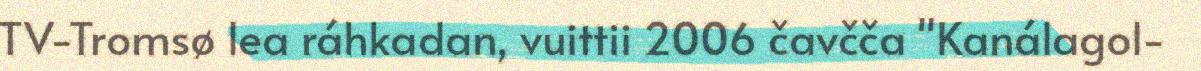
TV-Tromsø lea ráhkadan, vuittii 2006 čavčča "Kanálagol-